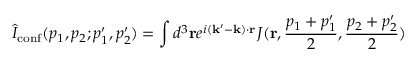
\hat { I } _ { \mathrm { c o n f } } ( p _ { 1 } , p _ { 2 } ; p _ { 1 } ^ { \prime } , p _ { 2 } ^ { \prime } ) = \int d ^ { 3 } { \bf r } e ^ { i ( { \bf k } ^ { \prime } - { \bf k } ) \cdot { \bf r } } J ( { \bf r } , { \frac { { p } _ { 1 } + p _ { 1 } ^ { \prime } } { 2 } } , { \frac { p _ { 2 } + p _ { 2 } ^ { \prime } } { 2 } } )